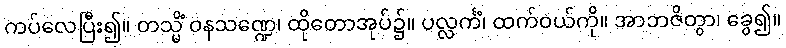
ကပ်လေပြီး၍။ တသ္မိံ ဝနသဏ္ဍေ၊ ထိုတောအုပ်၌။ ပလ္လင်္ကံ၊ ထက်ဝယ်ကို။ အာဘဇိတွာ၊ ခွေ၍။